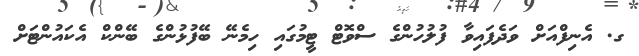
ގ. އެނިފްއަށް ވަދެފައިވާ ފުލުހުންގެ ސްވޮޓް ޓީމުގައި ހިމެނޭ ބޭފުޅުންގެ ބޭންކް އެކައުންޓަށް